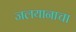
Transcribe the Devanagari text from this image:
जलयानाचा